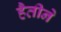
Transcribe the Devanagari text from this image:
हैतीने